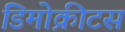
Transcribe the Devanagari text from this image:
डिमोक्रीटस